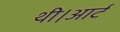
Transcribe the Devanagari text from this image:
थी।आर्ट